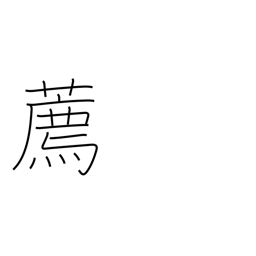
Meaning: encourage